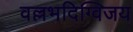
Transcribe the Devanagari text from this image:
वल्लभदिग्विजय